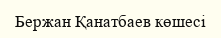
Бержан Қанатбаев көшесі